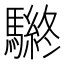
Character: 𲌀